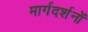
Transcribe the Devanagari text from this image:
मार्गदर्शनों